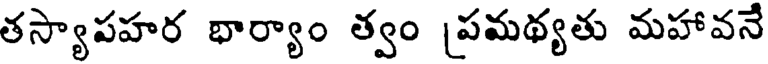
తస్యాపహర భార్యాం త్వం [పమథ్యతు మహావనే